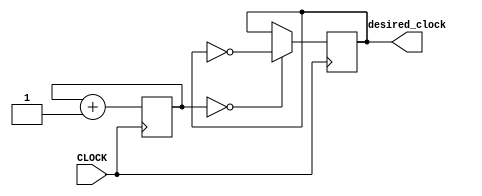
`timescale 1ns / 1ps
//////////////////////////////////////////////////////////////////////////////////
// Company: 
// Engineer: 
// 
// Design Name: 
// Module Name: sub_task_B_clock
// Project Name: 
// Target Devices: 
// Tool Versions: 
// Description: 
// 
// Dependencies: 
// 
// Revision:
// Revision 0.01 - File Created
// Additional Comments:
// 
//////////////////////////////////////////////////////////////////////////////////


module sub_task_B_clock(input CLOCK, output reg desired_clock = 0);
    reg [22:0] count = 0;
    
    always @ (posedge CLOCK)
    begin
        count <= count + 1;
        desired_clock <= (count == 0) ? ~desired_clock : desired_clock;
    end
endmodule